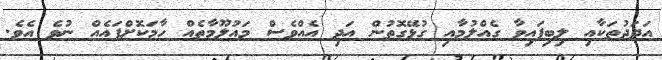
އަދަދުތަކާއި ލިބިފައިވާ ގެއްލުމާއި ގުޅޭގޮތުން އަދި އެއްވެސް މައުލޫމާތެއް ހާމަކޮށްފައެއް ނުވެ އެވެ.